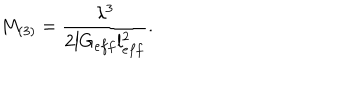
M _ { ( 3 ) } = \frac { \lambda ^ { 3 } } { 2 l G _ { e f f } l _ { e f f } ^ { 2 } } .